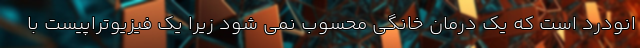
انودرد است که یک درمان خانگی محسوب نمی شود زیرا یک فیزیوتراپیست با